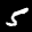
Label: 5